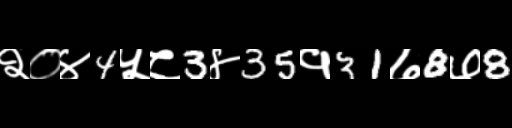
Text: २०४4५८3४35१31७8७8